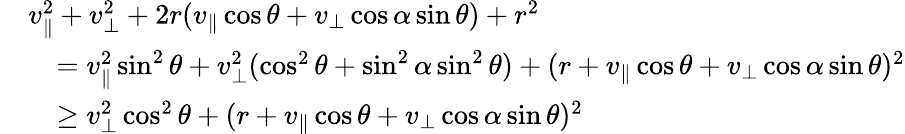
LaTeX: \begin{array}{rl}&{v_{\| }^{2}+v_{\perp}^{2}+2r(v_{\| }\cos\theta+v_{\perp}\cos\alpha\sin\theta)+r^{2}}\\ &{\quad=v_{\| }^{2}\sin^{2}\theta+v_{\perp}^{2}(\cos^{2}\theta+\sin^{2}\alpha\sin^{2}\theta)+(r+v_{\| }\cos\theta+v_{\perp}\cos\alpha\sin\theta)^{2}}\\ &{\quad\geq v_{\perp}^{2}\cos^{2}\theta+(r+v_{\| }\cos\theta+v_{\perp}\cos\alpha\sin\theta)^{2}}\end{array}